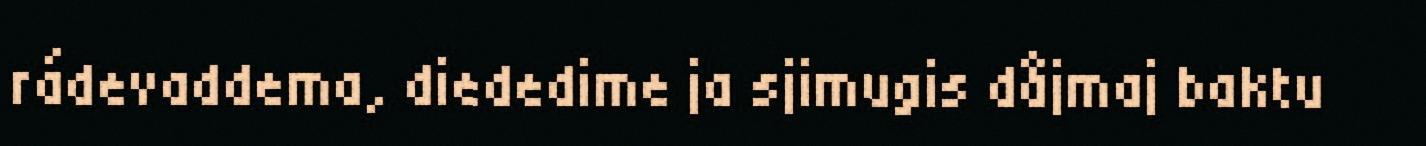
rádevaddema, diededime ja sjimugis dåjmaj baktu